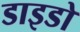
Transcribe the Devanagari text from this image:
डाइडो